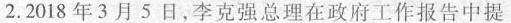
2.2018年3月5日，李克强总理在政府工作报告中提